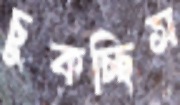
চুকচ্ছিস